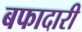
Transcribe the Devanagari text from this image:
बफादारी